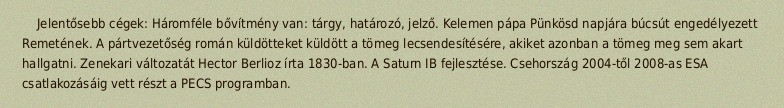
Jelentősebb cégek: Háromféle bővítmény van: tárgy, határozó, jelző. Kelemen pápa Pünkösd napjára búcsút engedélyezett Remetének. A pártvezetőség román küldötteket küldött a tömeg lecsendesítésére, akiket azonban a tömeg meg sem akart hallgatni. Zenekari változatát Hector Berlioz írta 1830-ban. A Saturn IB fejlesztése. Csehország 2004-től 2008-as ESA csatlakozásáig vett részt a PECS programban.